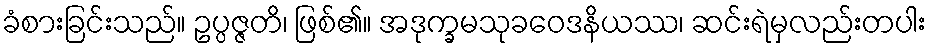
ခံစားခြင်းသည်။ ဥပ္ပဇ္ဇတိ၊ ဖြစ်၏။ အဒုက္ခမသုခဝေဒနိယဿ၊ ဆင်းရဲမှလည်းတပါး